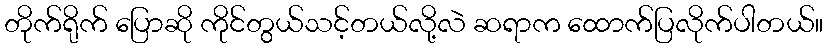
တိုက်ရိုက် ပြောဆို ကိုင်တွယ်သင့်တယ်လို့လဲ ဆရာက ထောက်ပြလိုက်ပါတယ်။